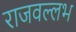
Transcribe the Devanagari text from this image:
राजवल्‍लभ